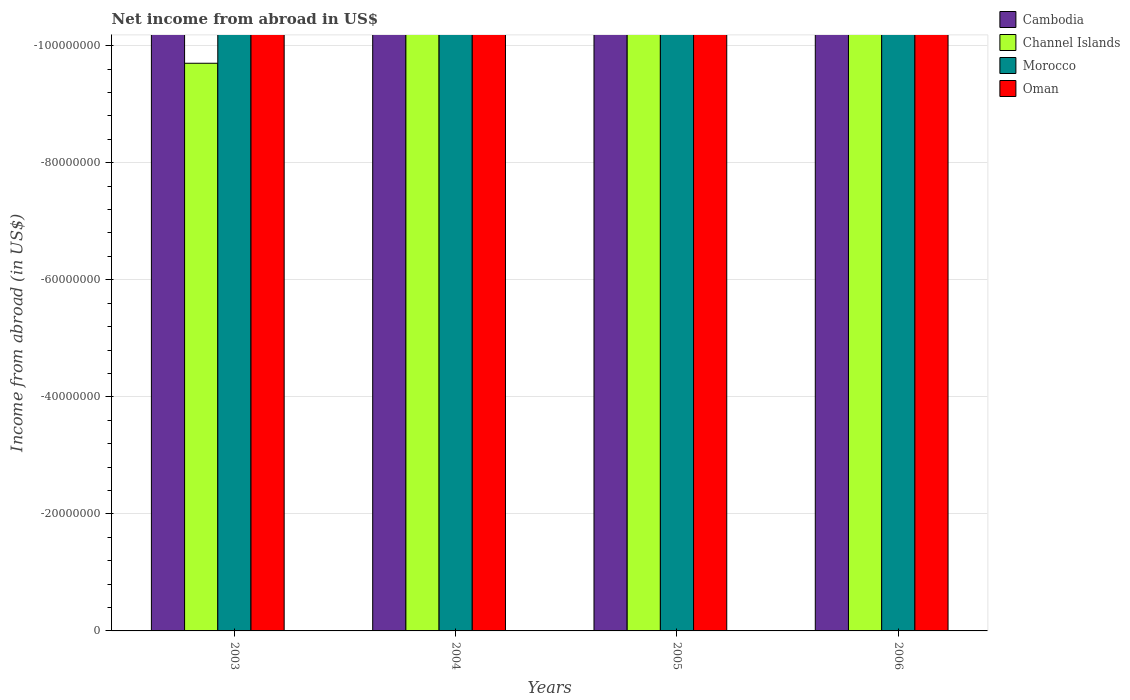
| Years | Cambodia | Channel Islands | Morocco | Oman |
 | --- | --- | --- | --- | --- |
 | 2003 | -7.04e+11 | -9.7e+07 | -9.96e+09 | -2.43e+08 |
 | 2004 | -8.6e+11 | -1.45e+08 | -8.75e+09 | -1.85e+08 |
 | 2005 | -1.18e+12 | -1.73e+08 | -6.77e+09 | -4.61e+08 |
 | 2006 | -1.31e+12 | -2.56e+08 | -8.22e+09 | -1.53e+09 |